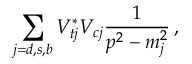
\sum _ { j = d , s , b } V _ { t j } ^ { * } V _ { c j } \frac { 1 } { p ^ { 2 } - m _ { j } ^ { 2 } } \, ,